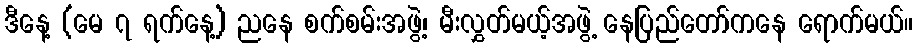
ဒီနေ့ (မေ ၇ ရက်နေ့) ညနေ စက်စမ်းအဖွဲ့၊ မီးလွှတ်မယ့်အဖွဲ့ နေပြည်တော်ကနေ ရောက်မယ်။